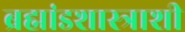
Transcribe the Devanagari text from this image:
ब्रह्मांडशास्त्राशी